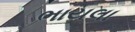
ભાયલા